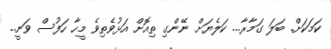
ކަމަކަށް. ބަލަ ގަމާރާ... ކަލެޔަށް ނޭންގި ތިއޮށް އަޅުވެތިވެ މީހާ ހަފުސް ވަނީ..